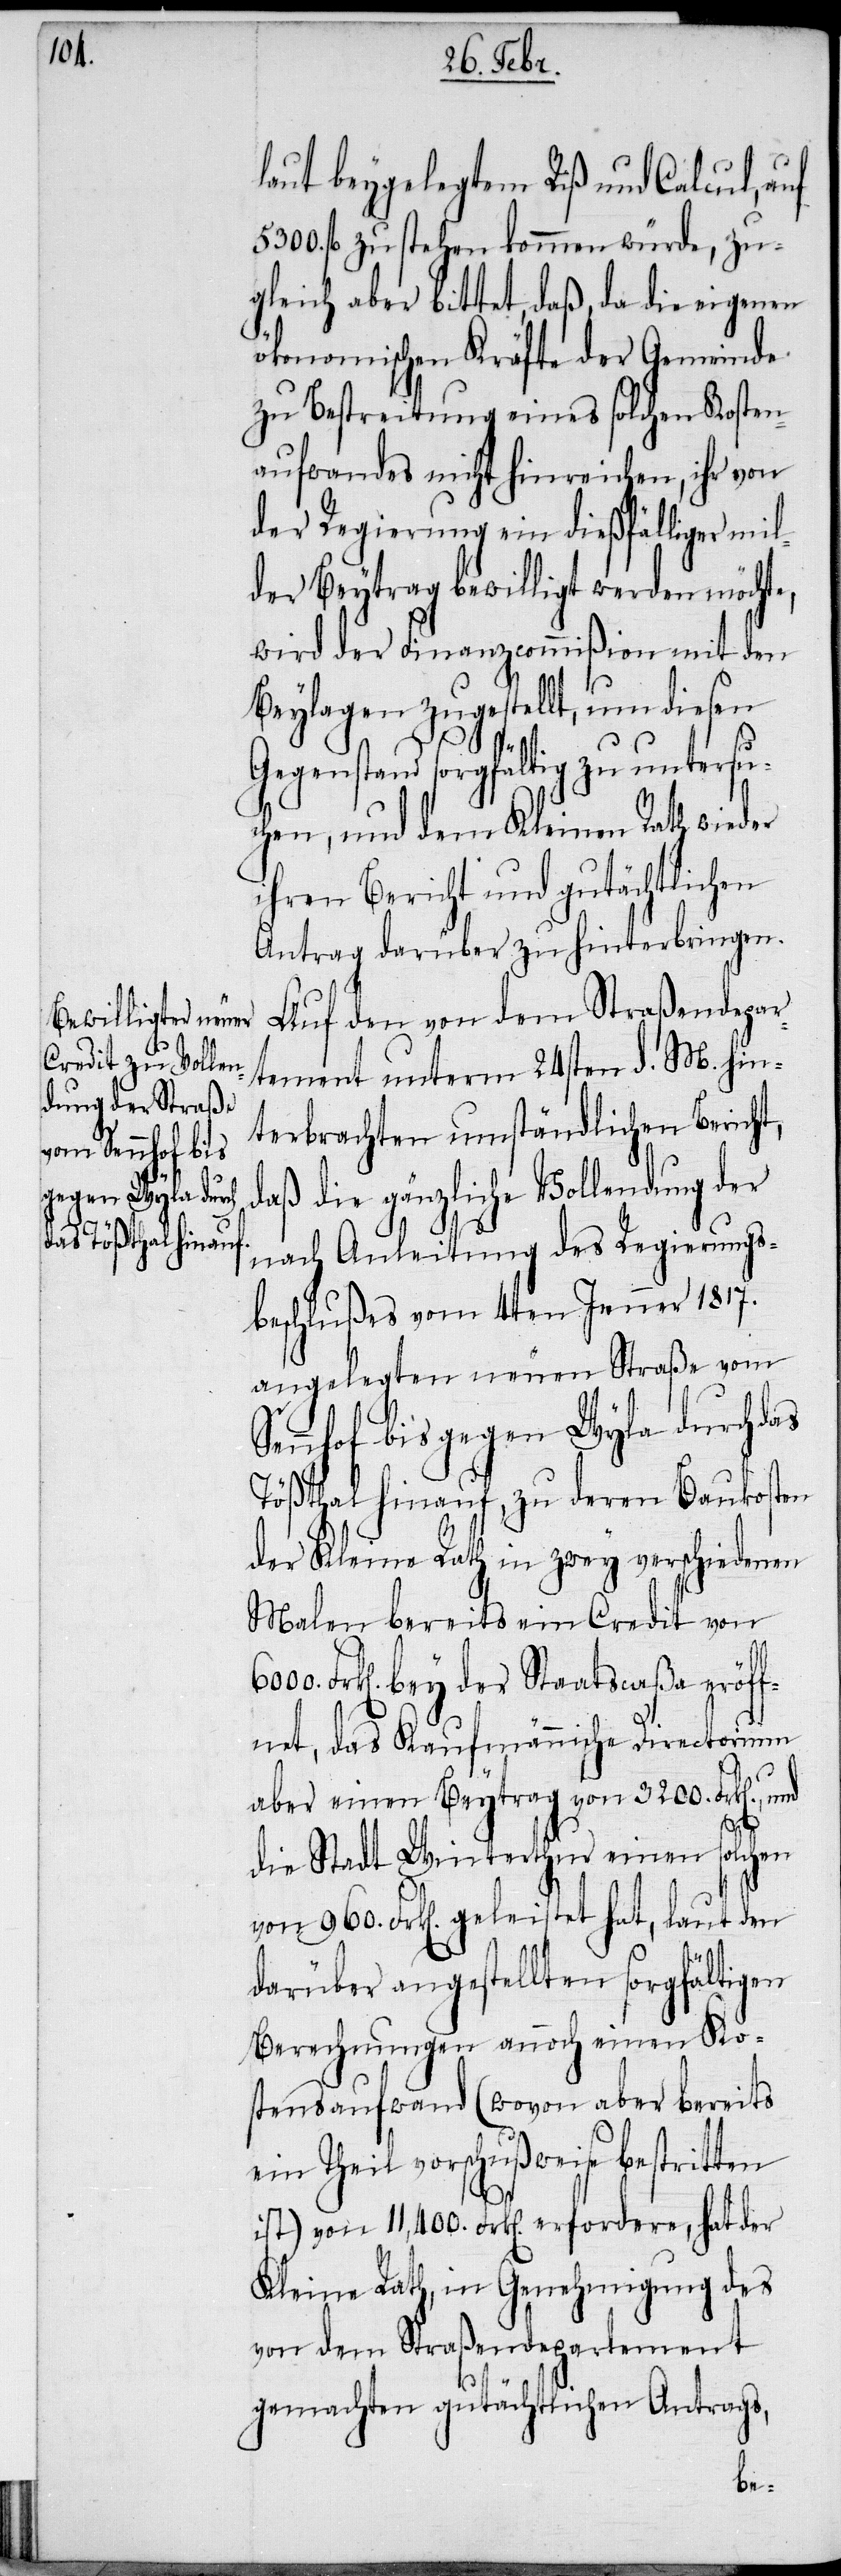
laut beygelegtem Riß und Calcul, auf
5300. fl zu stehen kommen würde, zu¬
gleich aber bittet, daß, da die eigenen
ökonomischen Kräfte der Gemeinde
zu Bestreitung eines solchen Kosten¬
aufwandes nicht hinreichen, ihr von
der Regierung ein dießfälliger mil¬
der Beytrag bewilligt werden möchte,
wird der Finanzcommißion mit den
Beylagen zugestellt, um diesen
Gegenstand sorgfältig zu untersu¬
chen, und dem Kleinen Rath wieder
ihren Bericht und gutächtlichen
Antrag darüber zu hinterbringen.
Auf den von dem Straßendepar¬
tement unterm 24sten d. M. hin¬
terbrachten umständlichen Bericht,
daß die gänzliche Vollendung der
nach Anleitung des Regierungs¬
beschlußes vom 4ten Jenner 1817.
angelegten neuen Straße vom
Sennhof bis gegen Wyla durch das
Tößthal hinauf, zu deren Baukosten
der Kleine Rath in zwey verschiedenen
Malen bereits ein Credit von
Frk[en]. bey der Staatscaßa eröff¬
net, das Kaufmännische Directorium
aber einen Beytrag von 3200. Frk[en].,
die Stadt Winterthur einen solchen
von 960. Frk[en]. geleistet hat, laut den
darüber angestellten sorgfältigen
Berechnungen annoch einen Ko¬
stensaufwand (wovon aber bereits
ein Theil vorschußweise bestritten
ist) von 11,400. Frk[en]. erfordere, hat der
Kleine Rath, in Genehmigung des
von dem Straßendepartement
gemachten gutächtlichen Antrags,